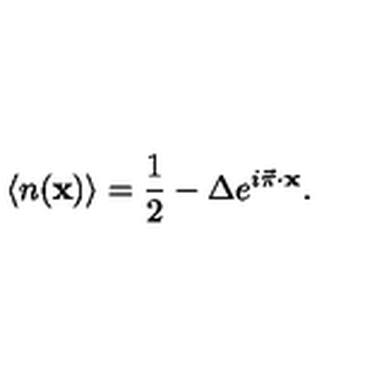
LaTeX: \langle { n } ( { \bf x } ) \rangle = { \frac { 1 } { 2 } } - \Delta e ^ { i \vec { \pi } \cdot { \bf x } } .